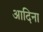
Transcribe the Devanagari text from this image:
आदिना